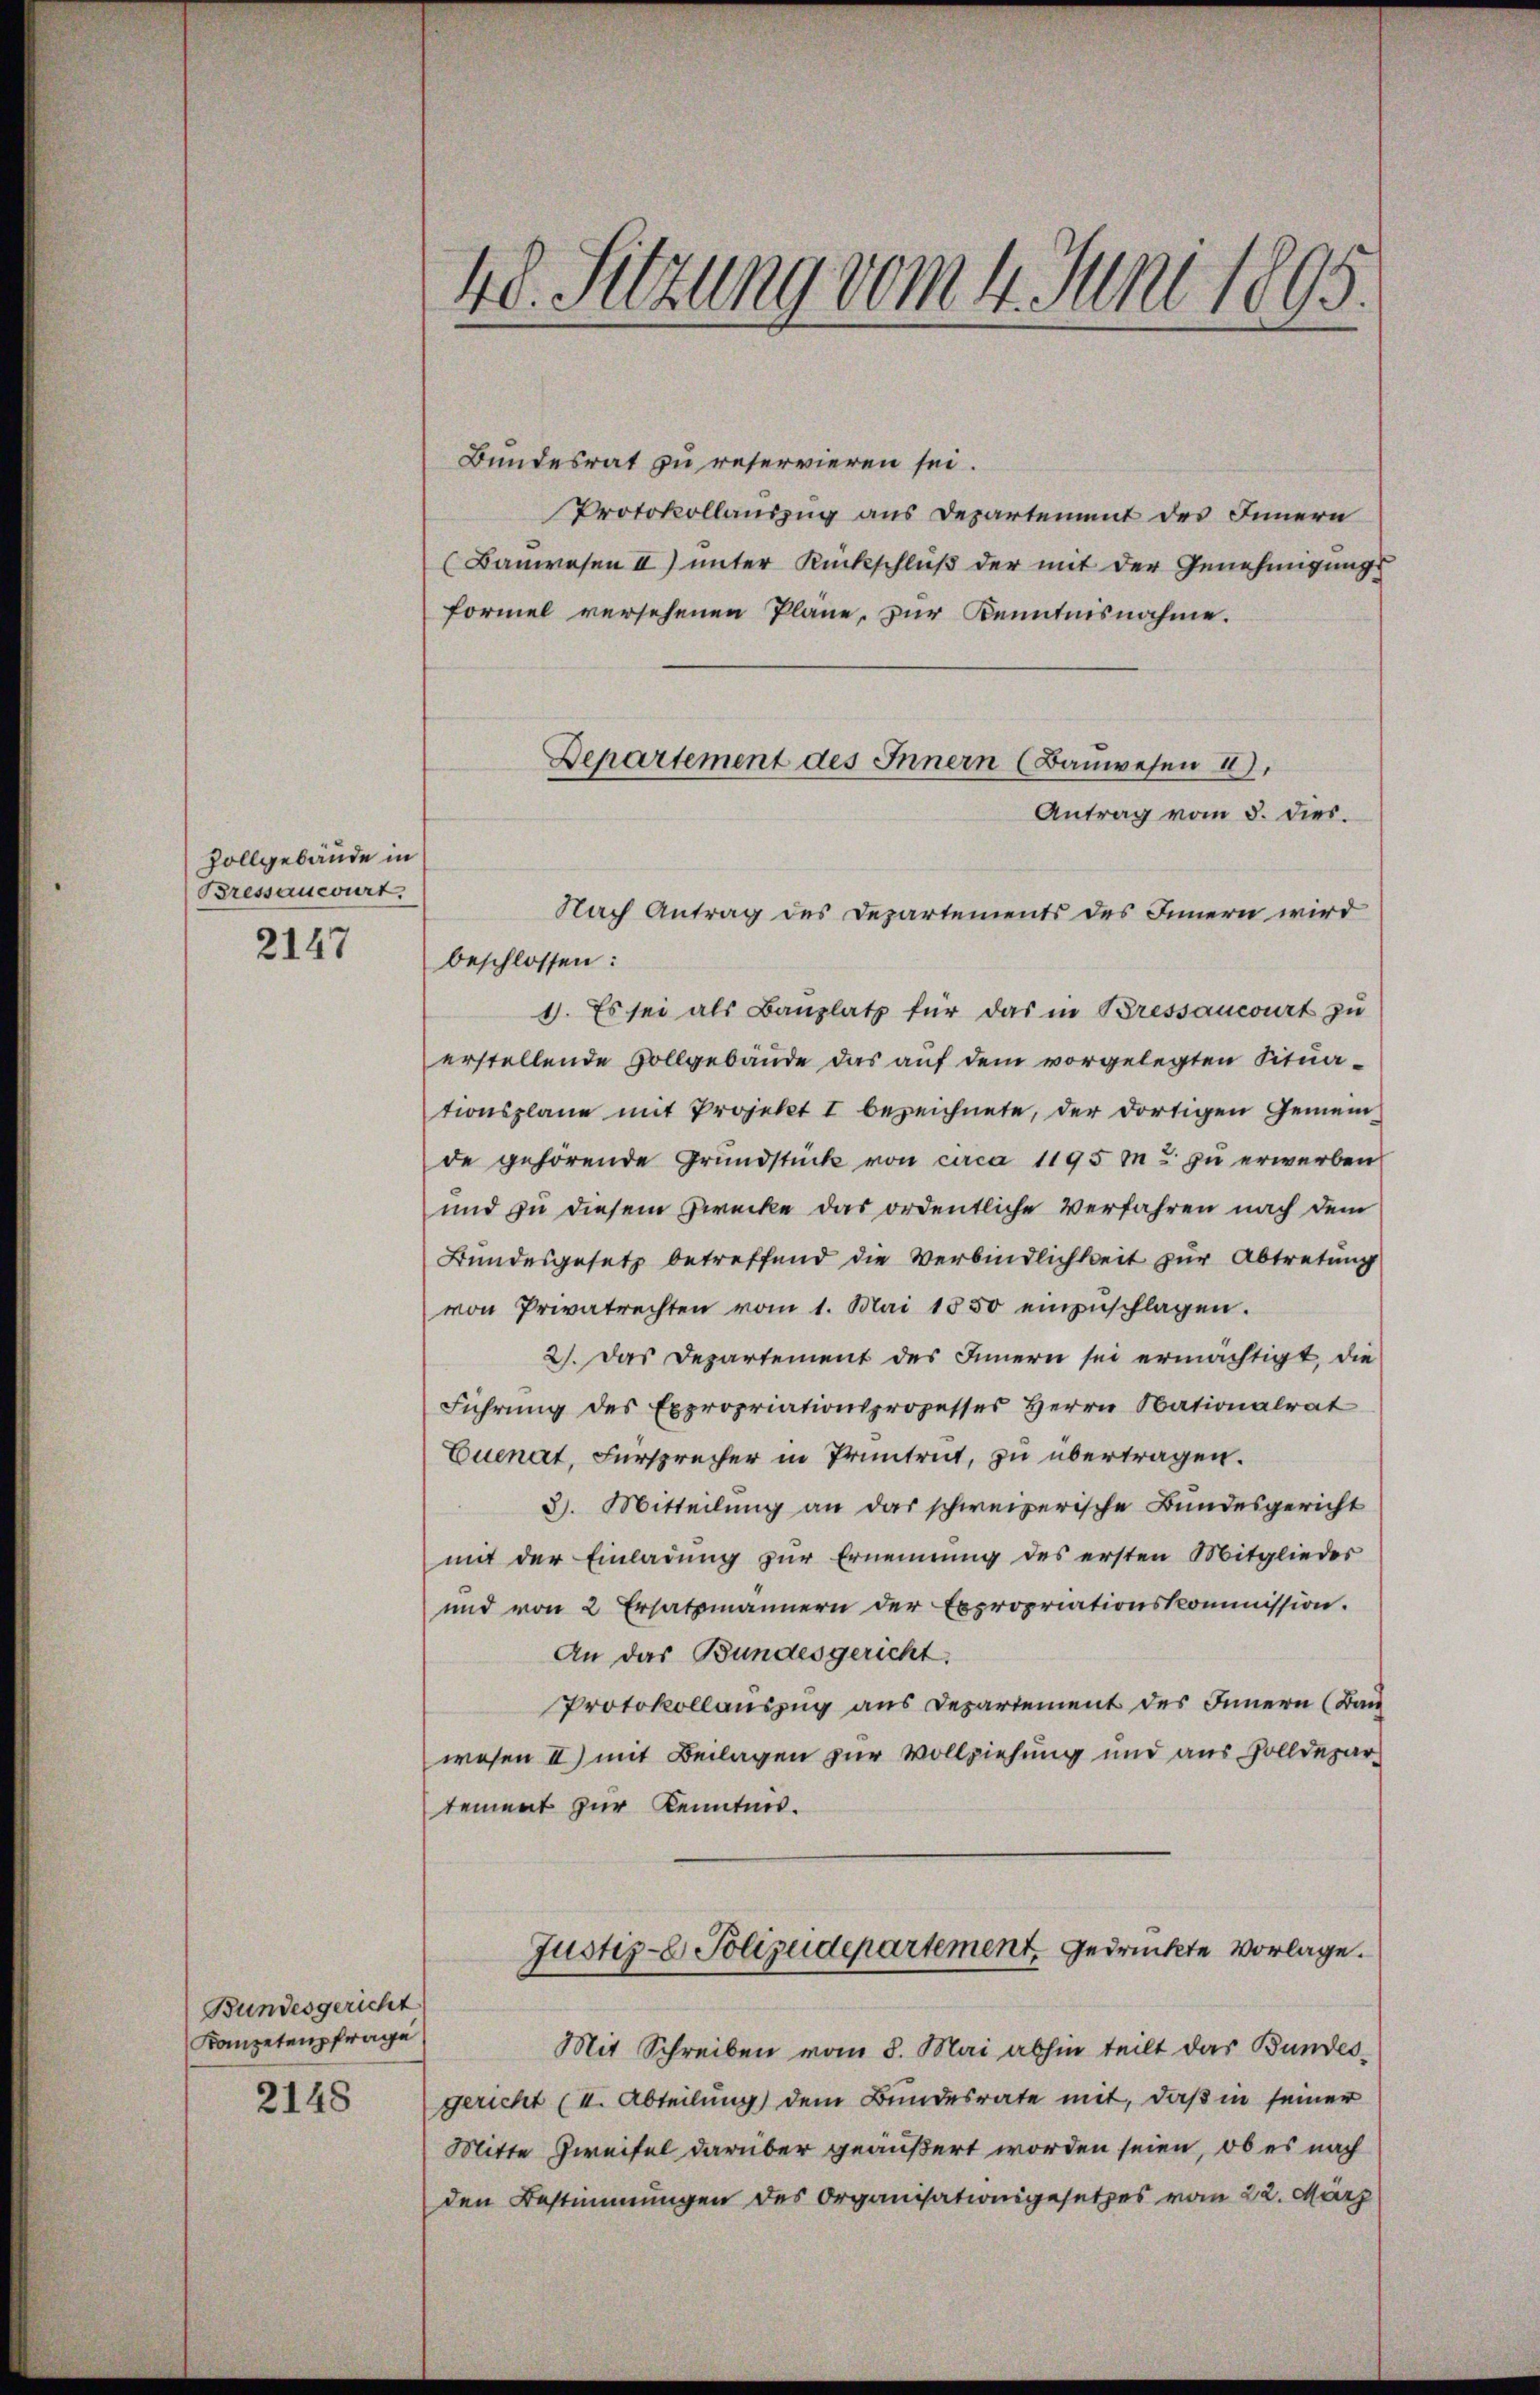
Zollgebäude in
Bressancourt.
2147

Bundesgericht
Kompetenzfrage

2148

48. Sitzung vom 4. Juni 1895.

Bundesrat zu reservieren sei.
Protokollauszug aus Departement des Innern
(Bauwesen II) unter Rückschluß der mit der Genehmigungs
Formel versehenen Pläne, zur Kenntnisnahme.
Antrag vom 3. dies.
beschlossen:
1. Es sei als Bauplatz für das in Bressancourt zu
erstellende Vollgebäude das auf dem vorgelegten Situationsplane mit Projekt I bezeichnete, der dortigen Gemeinde gehörende Grŭndstück von circa 1195 M. zu erwerben
und zu diesem Zwecke das ordentliche Verfahren nach dem
Bundesgesetz betreffend die Verbindlichkeit zur Abtretung
von Privatrechten vom 1. Mai 1850 einzŭschlagen.
2). Das Departement des Innern sei ermächtigt, die
Führŭng des Expropriationsprozesser Herrn Nationalrat
Euenat, Fürsprecher in Pruntrut, zu übertragen.
3). Mitteilung an das schweizerische Bundesgericht
mit der Einladung zur Ernennung des ersten Mitglieder
und von 2 Ersatzmännern der Expropriationskommission.
An das Bundesgericht.
Protokollauszug aus Departement des Innern (Bau
wesen II) mit Beilagen zur Vollziehung und aus Volldepartement zur Kenntnis.
Justiz- Polizeidepartement, gedruckte Vorlage.
Mit Schreiben vom 8. Mai abhin teilt das Bundes-
gericht (II. Abteilung) dem Bundesrate mit, daß in seiner
Mitte Zweifel darüber geäußert worden seien, ob es nach
den Bestimmungen des Organisationsgesetzes vom 22. März

Departement des Innern (Bauwesen II).
Nach Antrag des Departements des Innern wird